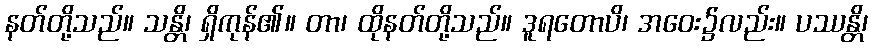
နတ်တို့သည်။ သန္တိ၊ ရှိကုန်၏။ တာ၊ ထိုနတ်တို့သည်။ ဒူရတောပိ၊ အဝေး၌လည်း။ ပဿန္တိ၊